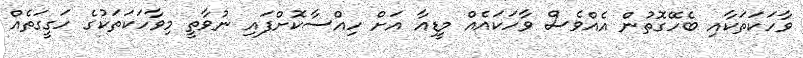
ވާހަކަތަކާއި ބެހޭގޮތުން އެއްވެސް ވާހަކައެއް މީޑިއާ އަށް ހިއްސާކޮށްފައި ނުވާތީ މިވާހަކަތަކުގެ ހަގީގަތެއް